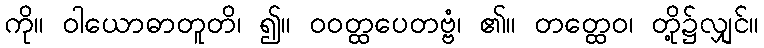
ကို။ ဝါယောဓာတူတိ၊ ၍။ ဝဝတ္ထပေတဗ္ဗံ၊ ၏။ တတ္ထေဝ၊ တို့၌လျှင်။